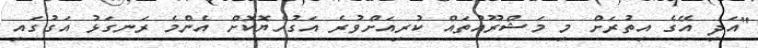
"އަދި އޭގެ އިތުރަށް މި މަޝްރޫއުތައް ކުރިއަށްވުރެ އަގުހެޔޮކޮށް އެންމެ ރަނގަޅު އަގުގައި